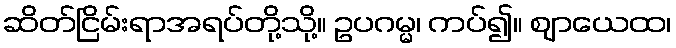
ဆိတ်ငြိမ်းရာအရပ်တို့သို့။ ဥပဂမ္မ၊ ကပ်၍။ ဈာယေထ၊